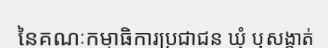
នៃគណៈកម្មាធិការប្រជាជន ឃុំ ឬសង្កាត់